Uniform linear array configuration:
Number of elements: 64
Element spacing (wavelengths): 0.25
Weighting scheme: hamming
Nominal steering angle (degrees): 60
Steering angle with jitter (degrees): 58.474
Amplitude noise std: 0.05
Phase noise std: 0.05

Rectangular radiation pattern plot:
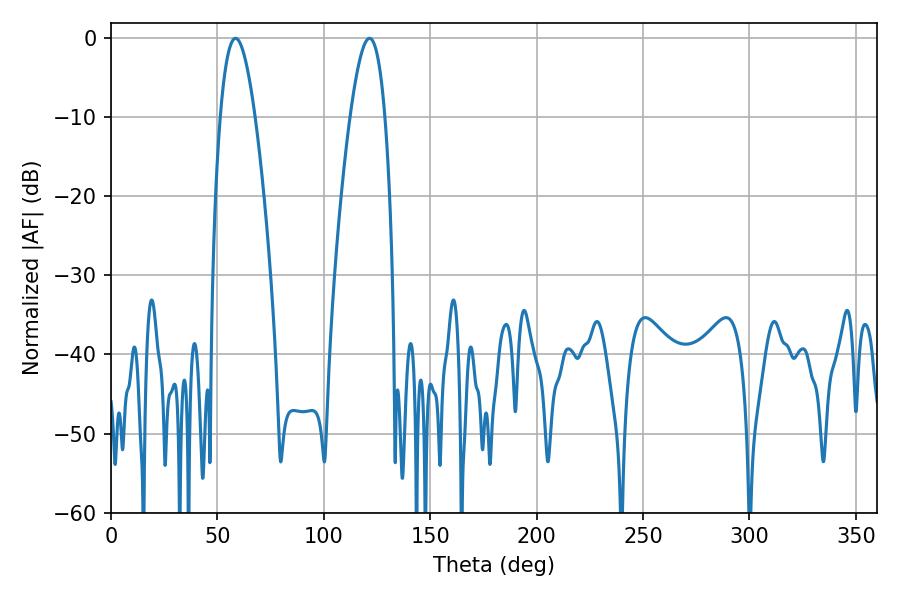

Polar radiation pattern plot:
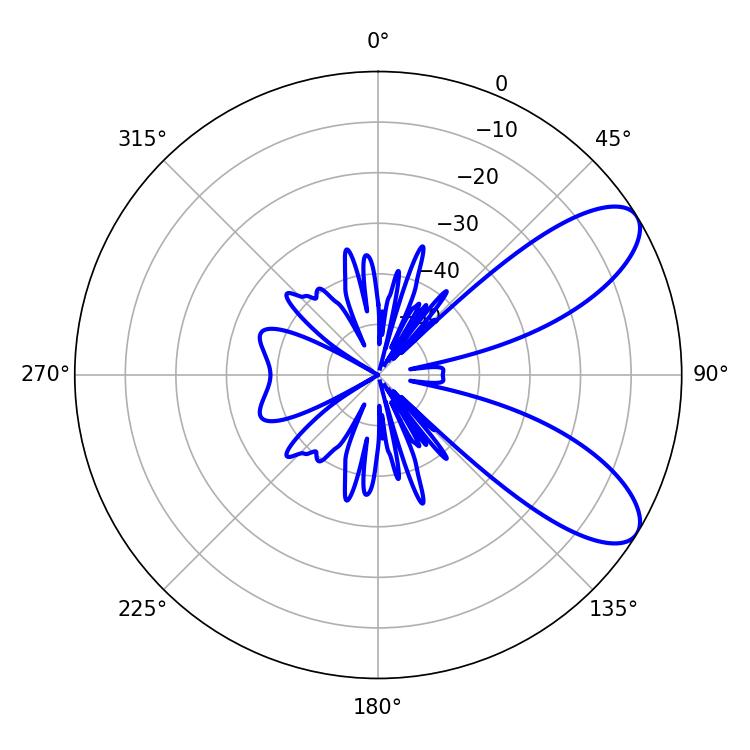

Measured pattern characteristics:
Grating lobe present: FALSE
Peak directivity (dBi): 8.415
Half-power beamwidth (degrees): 9
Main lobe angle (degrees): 58.5